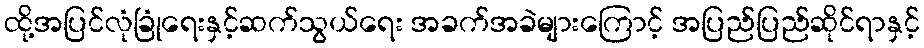
ထို့အပြင်လုံခြုံရေးနှင့်ဆက်သွယ်ရေး အခက်အခဲများကြောင့် အပြည်ပြည်ဆိုင်ရာနှင့်